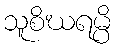
သူစိဃရမ္ပိ